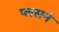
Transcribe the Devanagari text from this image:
प्लसनं